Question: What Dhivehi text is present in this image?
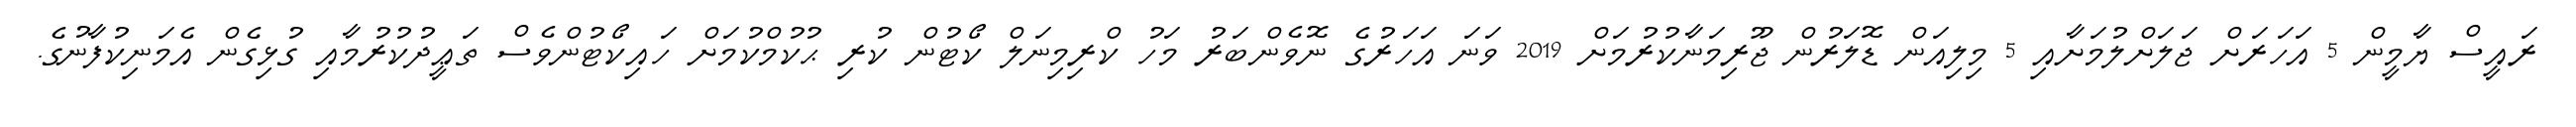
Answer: ރައީސް ޔާމީން 5 އަހަރަށް ޖަލަށްލުމަށާއި 5 މިލިއަން ޑޮލަރުން ޖޫރިމަނާކުރުމަށް 2019 ވަނަ އަހަރުގެ ނޮވެންބަރު މަހު ކްރިމިނަލް ކޯޓުން ކުރި ޙުކުމްކުމަށް ހައިކޯޓުންވެސް ތަޢީދުކުރުމާއި ގުޅިގެން އެމަނިކުފާނުގެ.